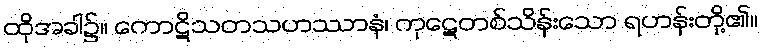
ထိုအခါ၌။ ကောဋိသတသဟဿာနံ၊ ကုဋေတစ်သိန်းသော ရဟန်းတို့၏။